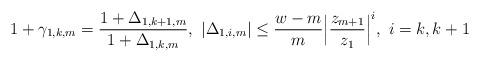
LaTeX: \begin{align*}1+\gamma_{1,k,m}=\frac{1+\Delta_{1,k+1,m}}{1+\Delta_{1,k,m}},~|\Delta_{1,i,m}| \le\frac{w-m}{m}\Big|\frac{z_{m+1}}{z_{1}}\Big|^i,~i=k,k+1 \end{align*}